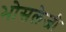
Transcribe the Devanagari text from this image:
भोसलेजी